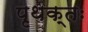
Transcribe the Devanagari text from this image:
पृथक्तः